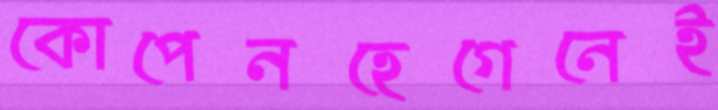
কোপেনহেগেনেই